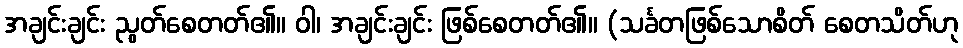
အချင်းချင်း ညွတ်စေတတ်၏။ ဝါ၊ အချင်းချင်း ဖြစ်စေတတ်၏။ (သင်္ခတဖြစ်သောစိတ် စေတသိတ်ဟု